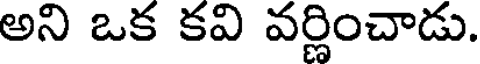
అని ఒక కవి వర్ణించాడు.